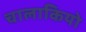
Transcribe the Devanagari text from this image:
चालाकियो